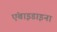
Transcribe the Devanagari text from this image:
एंबाइडाइना